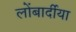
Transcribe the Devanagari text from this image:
लोंबार्दीया